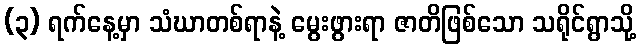
(၃) ရက်နေ့မှာ သံဃာတစ်ရာနဲ့ မွေးဖွားရာ ဇာတိဖြစ်သော သရိုင်ရွာသို့